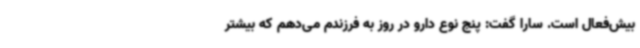
بیش‌فعال است. سارا گفت: پنج نوع دارو در روز به فرزندم می‌دهم که بیشتر